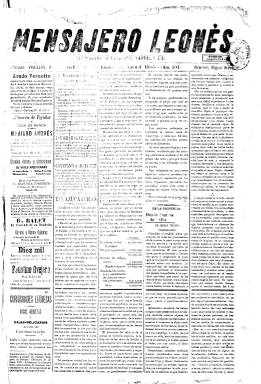
Título: Mensajero leonés
Colección: Periódicos
Ámbito geográfico: León
Lugar de publicación: León
Fechas: 02/01/1905-30/12/1905